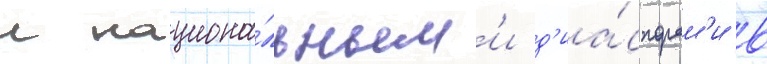
с национа́льным'и д'иа́спорам'и в